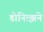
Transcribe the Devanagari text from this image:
डोनित्झने